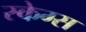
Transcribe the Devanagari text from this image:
स्केग्स